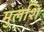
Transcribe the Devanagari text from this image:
मुलशि